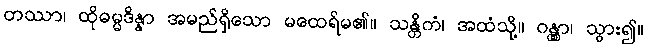
တဿာ၊ ထိုဓမ္မဒိန္နာ အမည်ရှိသော မထေရ်မ၏။ သန္တိကံ၊ အထံသို့။ ဂန္တွာ၊ သွား၍။